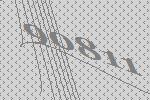
90811